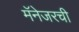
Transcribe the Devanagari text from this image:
मॅनेजरची